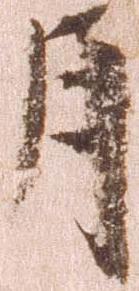
月